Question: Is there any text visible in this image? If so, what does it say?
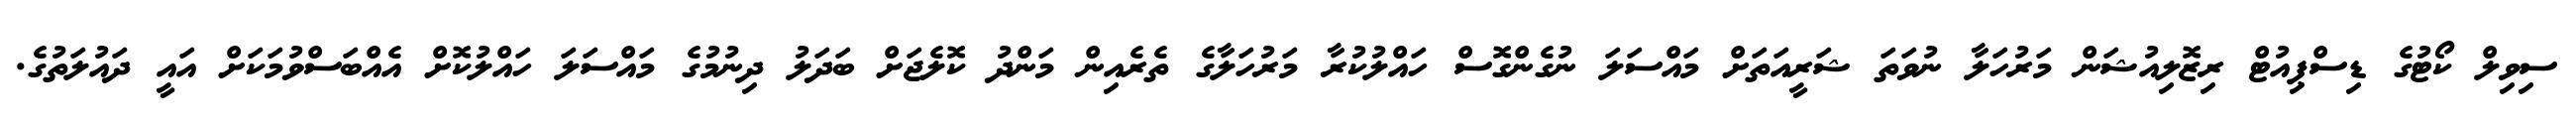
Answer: ސިވިލް ކޯޓުގެ ޑިސްޕިއުޓް ރިޒޮލިއުޝަން މަރުހަލާ ނުވަތަ ޝަރީއަތަށް މައްސަލަ ނުގެންގޮސް ހައްލުކުރާ މަރުހަލާގެ ތެރެއިން މަންދު ކޮލެޖަށް ބަދަލު ދިނުމުގެ މައްސަލަ ހައްލުކޮށް އެއްބަސްވުމަކަށް އައީ ދައުލަތުގެ.